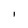
Character: I